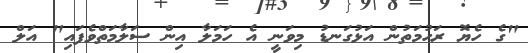
"ގެ ހެޔޮ ރަހުމަތުން އަޅުގަނޑު މިވަނީ އެ ހަމަލާ އިން ސަލާމަތްވެފައި" އަލް